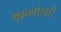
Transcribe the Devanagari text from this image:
भुवनपोखरी